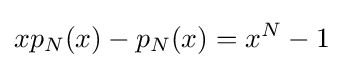
xp_{N}(x)-p_{N}(x)=x^{N}-1